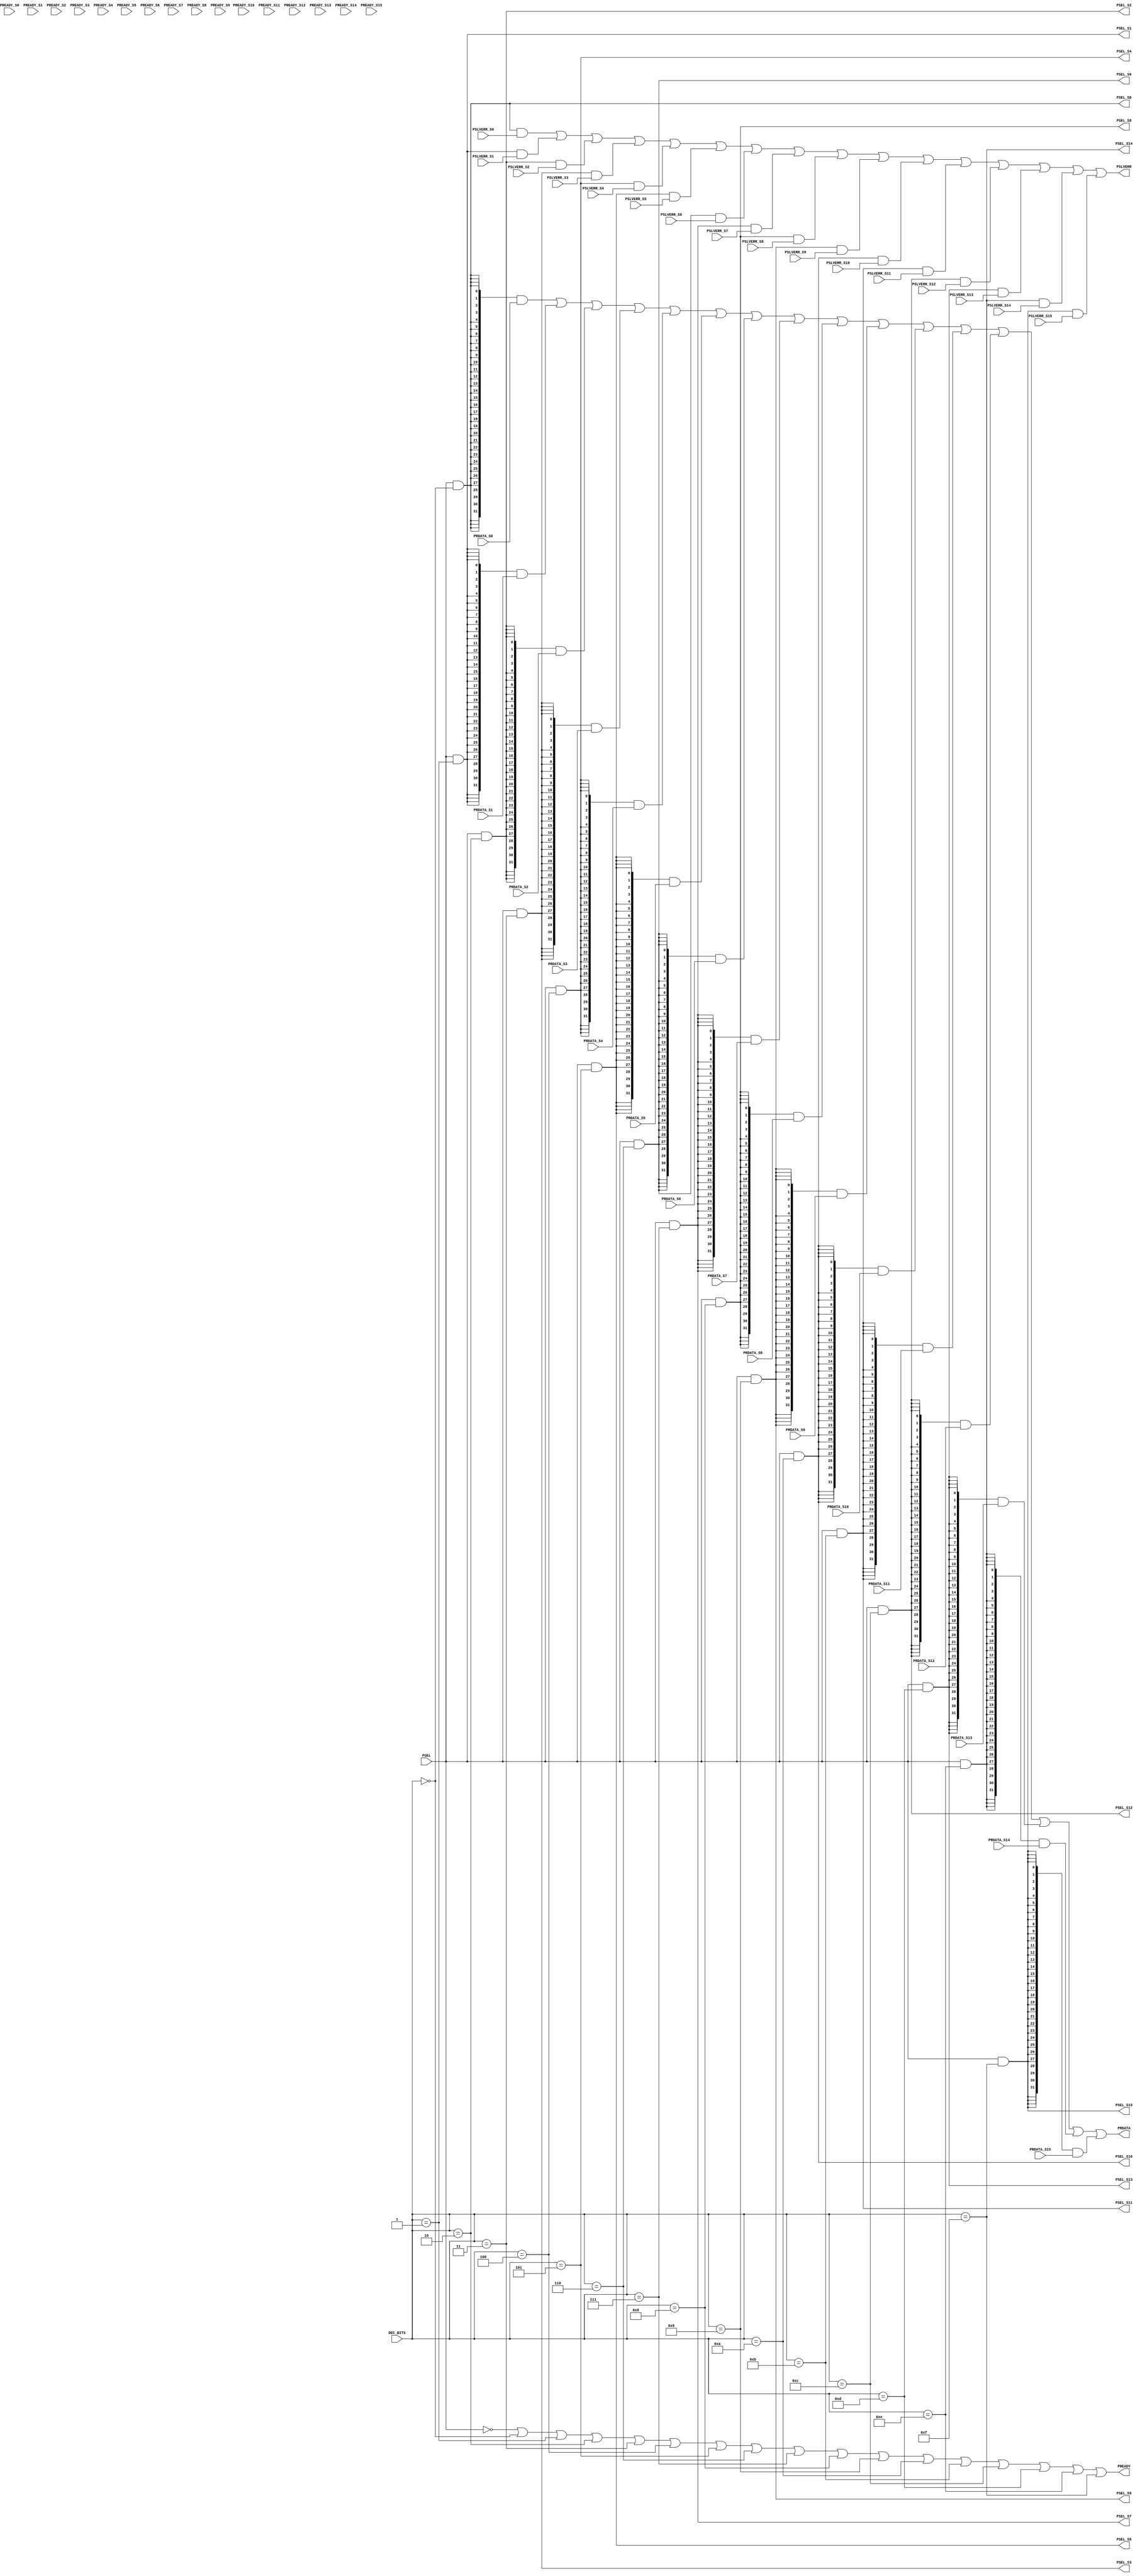

`timescale 1ns/1ns

module APB_BUS0 #(
    // Parameters to enable/disable ports
    
    parameter PORT0_ENABLE  = 1,
    parameter PORT1_ENABLE  = 1,
    parameter PORT2_ENABLE  = 1,
    parameter PORT3_ENABLE  = 1,
    parameter PORT4_ENABLE  = 1,
    parameter PORT5_ENABLE  = 1,
    parameter PORT6_ENABLE  = 1,
    parameter PORT7_ENABLE  = 1,
    parameter PORT8_ENABLE  = 1,
    parameter PORT9_ENABLE  = 1,
    parameter PORT10_ENABLE  = 1,
    parameter PORT11_ENABLE  = 1,
    parameter PORT12_ENABLE  = 1,
    parameter PORT13_ENABLE  = 1,
    parameter PORT14_ENABLE  = 1,
    parameter PORT15_ENABLE  = 1
    )


    (
    // --------------------------------------------------------------------------
    // Port Definitions
    // --------------------------------------------------------------------------
    //MODULE INPUTS
      input  wire  [3:0]  DEC_BITS,
      input  wire         PSEL,
          
    // Slave # 0
    output wire         PSEL_S0,
    input wire          PREADY_S0,
    input wire  [31:0]  PRDATA_S0,
    input wire          PSLVERR_S0,
    // Slave # 1
    output wire         PSEL_S1,
    input wire          PREADY_S1,
    input wire  [31:0]  PRDATA_S1,
    input wire          PSLVERR_S1,
    // Slave # 2
    output wire         PSEL_S2,
    input wire          PREADY_S2,
    input wire  [31:0]  PRDATA_S2,
    input wire          PSLVERR_S2,
    // Slave # 3
    output wire         PSEL_S3,
    input wire          PREADY_S3,
    input wire  [31:0]  PRDATA_S3,
    input wire          PSLVERR_S3,
    // Slave # 4
    output wire         PSEL_S4,
    input wire          PREADY_S4,
    input wire  [31:0]  PRDATA_S4,
    input wire          PSLVERR_S4,
    // Slave # 5
    output wire         PSEL_S5,
    input wire          PREADY_S5,
    input wire  [31:0]  PRDATA_S5,
    input wire          PSLVERR_S5,
    // Slave # 6
    output wire         PSEL_S6,
    input wire          PREADY_S6,
    input wire  [31:0]  PRDATA_S6,
    input wire          PSLVERR_S6,
    // Slave # 7
    output wire         PSEL_S7,
    input wire          PREADY_S7,
    input wire  [31:0]  PRDATA_S7,
    input wire          PSLVERR_S7,
    // Slave # 8
    output wire         PSEL_S8,
    input wire          PREADY_S8,
    input wire  [31:0]  PRDATA_S8,
    input wire          PSLVERR_S8,
    // Slave # 9
    output wire         PSEL_S9,
    input wire          PREADY_S9,
    input wire  [31:0]  PRDATA_S9,
    input wire          PSLVERR_S9,
    // Slave # 10
    output wire         PSEL_S10,
    input wire          PREADY_S10,
    input wire  [31:0]  PRDATA_S10,
    input wire          PSLVERR_S10,
    // Slave # 11
    output wire         PSEL_S11,
    input wire          PREADY_S11,
    input wire  [31:0]  PRDATA_S11,
    input wire          PSLVERR_S11,
    // Slave # 12
    output wire         PSEL_S12,
    input wire          PREADY_S12,
    input wire  [31:0]  PRDATA_S12,
    input wire          PSLVERR_S12,
    // Slave # 13
    output wire         PSEL_S13,
    input wire          PREADY_S13,
    input wire  [31:0]  PRDATA_S13,
    input wire          PSLVERR_S13,
    // Slave # 14
    output wire         PSEL_S14,
    input wire          PREADY_S14,
    input wire  [31:0]  PRDATA_S14,
    input wire          PSLVERR_S14,
    // Slave # 15
    output wire         PSEL_S15,
    input wire          PREADY_S15,
    input wire  [31:0]  PRDATA_S15,
    input wire          PSLVERR_S15,
    //MODULE OUTPUTS
    output wire         PREADY,
    output wire [31:0]  PRDATA,
    output wire         PSLVERR
);
 
    wire [15:0] en  = { 
                        (PORT15_ENABLE  == 1),
                        (PORT14_ENABLE  == 1),
                        (PORT13_ENABLE  == 1),
                        (PORT12_ENABLE  == 1),
                        (PORT11_ENABLE  == 1),
                        (PORT10_ENABLE  == 1),
                        (PORT9_ENABLE  == 1),
                        (PORT8_ENABLE  == 1),
                        (PORT7_ENABLE  == 1),
                        (PORT6_ENABLE  == 1),
                        (PORT5_ENABLE  == 1),
                        (PORT4_ENABLE  == 1),
                        (PORT3_ENABLE  == 1),
                        (PORT2_ENABLE  == 1),
                        (PORT1_ENABLE  == 1),
                        (PORT0_ENABLE  == 1)
                        };

    wire [15:0] dec  = { 
                        (DEC_BITS  == 4'd15),
                        (DEC_BITS  == 4'd14),
                        (DEC_BITS  == 4'd13),
                        (DEC_BITS  == 4'd12),
                        (DEC_BITS  == 4'd11),
                        (DEC_BITS  == 4'd10),
                        (DEC_BITS  == 4'd9),
                        (DEC_BITS  == 4'd8),
                        (DEC_BITS  == 4'd7),
                        (DEC_BITS  == 4'd6),
                        (DEC_BITS  == 4'd5),
                        (DEC_BITS  == 4'd4),
                        (DEC_BITS  == 4'd3),
                        (DEC_BITS  == 4'd2),
                        (DEC_BITS  == 4'd1),
                        (DEC_BITS  == 4'd0)
                        };


    // Setting PSEL 
    assign PSEL_S0 = PSEL & dec[0] & en[0];
    assign PSEL_S1 = PSEL & dec[1] & en[1];
    assign PSEL_S2 = PSEL & dec[2] & en[2];
    assign PSEL_S3 = PSEL & dec[3] & en[3];
    assign PSEL_S4 = PSEL & dec[4] & en[4];
    assign PSEL_S5 = PSEL & dec[5] & en[5];
    assign PSEL_S6 = PSEL & dec[6] & en[6];
    assign PSEL_S7 = PSEL & dec[7] & en[7];
    assign PSEL_S8 = PSEL & dec[8] & en[8];
    assign PSEL_S9 = PSEL & dec[9] & en[9];
    assign PSEL_S10 = PSEL & dec[10] & en[10];
    assign PSEL_S11 = PSEL & dec[11] & en[11];
    assign PSEL_S12 = PSEL & dec[12] & en[12];
    assign PSEL_S13 = PSEL & dec[13] & en[13];
    assign PSEL_S14 = PSEL & dec[14] & en[14];
    assign PSEL_S15 = PSEL & dec[15] & en[15];

    // Setting PREADY

    assign PREADY = ~PSEL |
        ( dec[0] & ( PREADY_S0 | en[0] ) ) |
        ( dec[1] & ( PREADY_S1 | en[1] ) ) |
        ( dec[2] & ( PREADY_S2 | en[2] ) ) |
        ( dec[3] & ( PREADY_S3 | en[3] ) ) |
        ( dec[4] & ( PREADY_S4 | en[4] ) ) |
        ( dec[5] & ( PREADY_S5 | en[5] ) ) |
        ( dec[6] & ( PREADY_S6 | en[6] ) ) |
        ( dec[7] & ( PREADY_S7 | en[7] ) ) |
        ( dec[8] & ( PREADY_S8 | en[8] ) ) |
        ( dec[9] & ( PREADY_S9 | en[9] ) ) |
        ( dec[10] & ( PREADY_S10 | en[10] ) ) |
        ( dec[11] & ( PREADY_S11 | en[11] ) ) |
        ( dec[12] & ( PREADY_S12 | en[12] ) ) |
        ( dec[13] & ( PREADY_S13 | en[13] ) ) |
        ( dec[14] & ( PREADY_S14 | en[14] ) ) |
        ( dec[15] & ( PREADY_S15 | en[15] ) );

    // Setting PSLVERR

    assign PSLVERR = ( PSEL_S0 & PSLVERR_S0 ) |
        ( PSEL_S1 & PSLVERR_S1 ) |
        ( PSEL_S2 & PSLVERR_S2 ) |
        ( PSEL_S3 & PSLVERR_S3 ) |
        ( PSEL_S4 & PSLVERR_S4 ) |
        ( PSEL_S5 & PSLVERR_S5 ) |
        ( PSEL_S6 & PSLVERR_S6 ) |
        ( PSEL_S7 & PSLVERR_S7 ) |
        ( PSEL_S8 & PSLVERR_S8 ) |
        ( PSEL_S9 & PSLVERR_S9 ) |
        ( PSEL_S10 & PSLVERR_S10 ) |
        ( PSEL_S11 & PSLVERR_S11 ) |
        ( PSEL_S12 & PSLVERR_S12 ) |
        ( PSEL_S13 & PSLVERR_S13 ) |
        ( PSEL_S14 & PSLVERR_S14 ) |
        ( PSEL_S15 & PSLVERR_S15 );

    // Setting PRDATA

    assign PRDATA = ( {32{PSEL_S0}} & PRDATA_S0 ) |
        ( {32{PSEL_S1}} & PRDATA_S1 ) |
        ( {32{PSEL_S2}} & PRDATA_S2 ) |
        ( {32{PSEL_S3}} & PRDATA_S3 ) |
        ( {32{PSEL_S4}} & PRDATA_S4 ) |
        ( {32{PSEL_S5}} & PRDATA_S5 ) |
        ( {32{PSEL_S6}} & PRDATA_S6 ) |
        ( {32{PSEL_S7}} & PRDATA_S7 ) |
        ( {32{PSEL_S8}} & PRDATA_S8 ) |
        ( {32{PSEL_S9}} & PRDATA_S9 ) |
        ( {32{PSEL_S10}} & PRDATA_S10 ) |
        ( {32{PSEL_S11}} & PRDATA_S11 ) |
        ( {32{PSEL_S12}} & PRDATA_S12 ) |
        ( {32{PSEL_S13}} & PRDATA_S13 ) |
        ( {32{PSEL_S14}} & PRDATA_S14 ) |
        ( {32{PSEL_S15}} & PRDATA_S15 );
    
endmodule